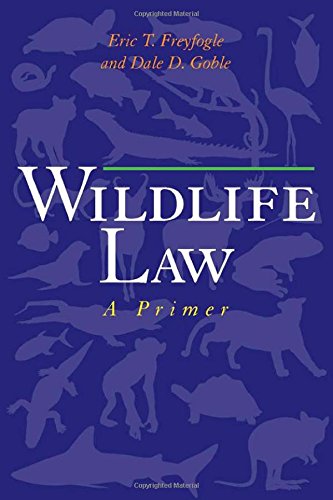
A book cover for Wildlife Law: A Primer; Eric T. Freyfogle; Law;